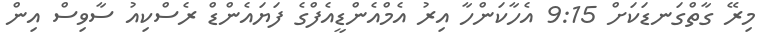
މިރޭ ގާތްގަނޑަކަށް 9:15 އެހާކަންހާ އިރު އެމްއެންޑީއެފްގެ ފަޔައެންޑް ރެސްކިއު ސާވިސް އިން